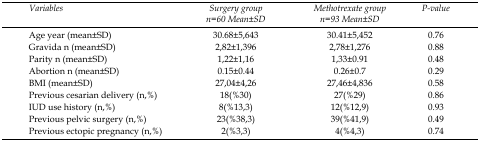
<table><thead><tr><td><b><i>Variables</i></b></td><td><b><i>Surgery group n=60 Mean±SD</i></b></td><td><b><i>Methotrexate group n=93 Mean±SD</i></b></td><td><b><i>P-value</i></b></td></tr></thead><tbody><tr><td>Age year (mean±SD)</td><td>30.68±5,643</td><td>30.41±5,452</td><td>0.76</td></tr><tr><td>Gravida n (mean±SD)</td><td>2,82±1,396</td><td>2,78±1,276</td><td>0.88</td></tr><tr><td>Parity n (mean±SD)</td><td>1,22±1,16</td><td>1,33±0.91</td><td>0.48</td></tr><tr><td>Abortion n (mean±SD)</td><td>0.15±0.44</td><td>0.26±0.7</td><td>0.29</td></tr><tr><td>BMI (mean±SD)</td><td>27,04±4,26</td><td>27,46±4,836</td><td>0.58</td></tr><tr><td>Previous cesarian delivery (n,%)</td><td>18(%30)</td><td>27(%29)</td><td>0.86</td></tr><tr><td>IUD use history (n,%)</td><td>8(%13,3)</td><td>12(%12,9)</td><td>0.93</td></tr><tr><td>Previous pelvic surgery (n,%)</td><td>23(%38,3)</td><td>39(%41,9)</td><td>0.49</td></tr><tr><td>Previous ectopic pregnancy (n,%)</td><td>2(%3,3)</td><td>4(%4,3)</td><td>0.74</td></tr></tbody></table>